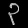
Digit: ၃